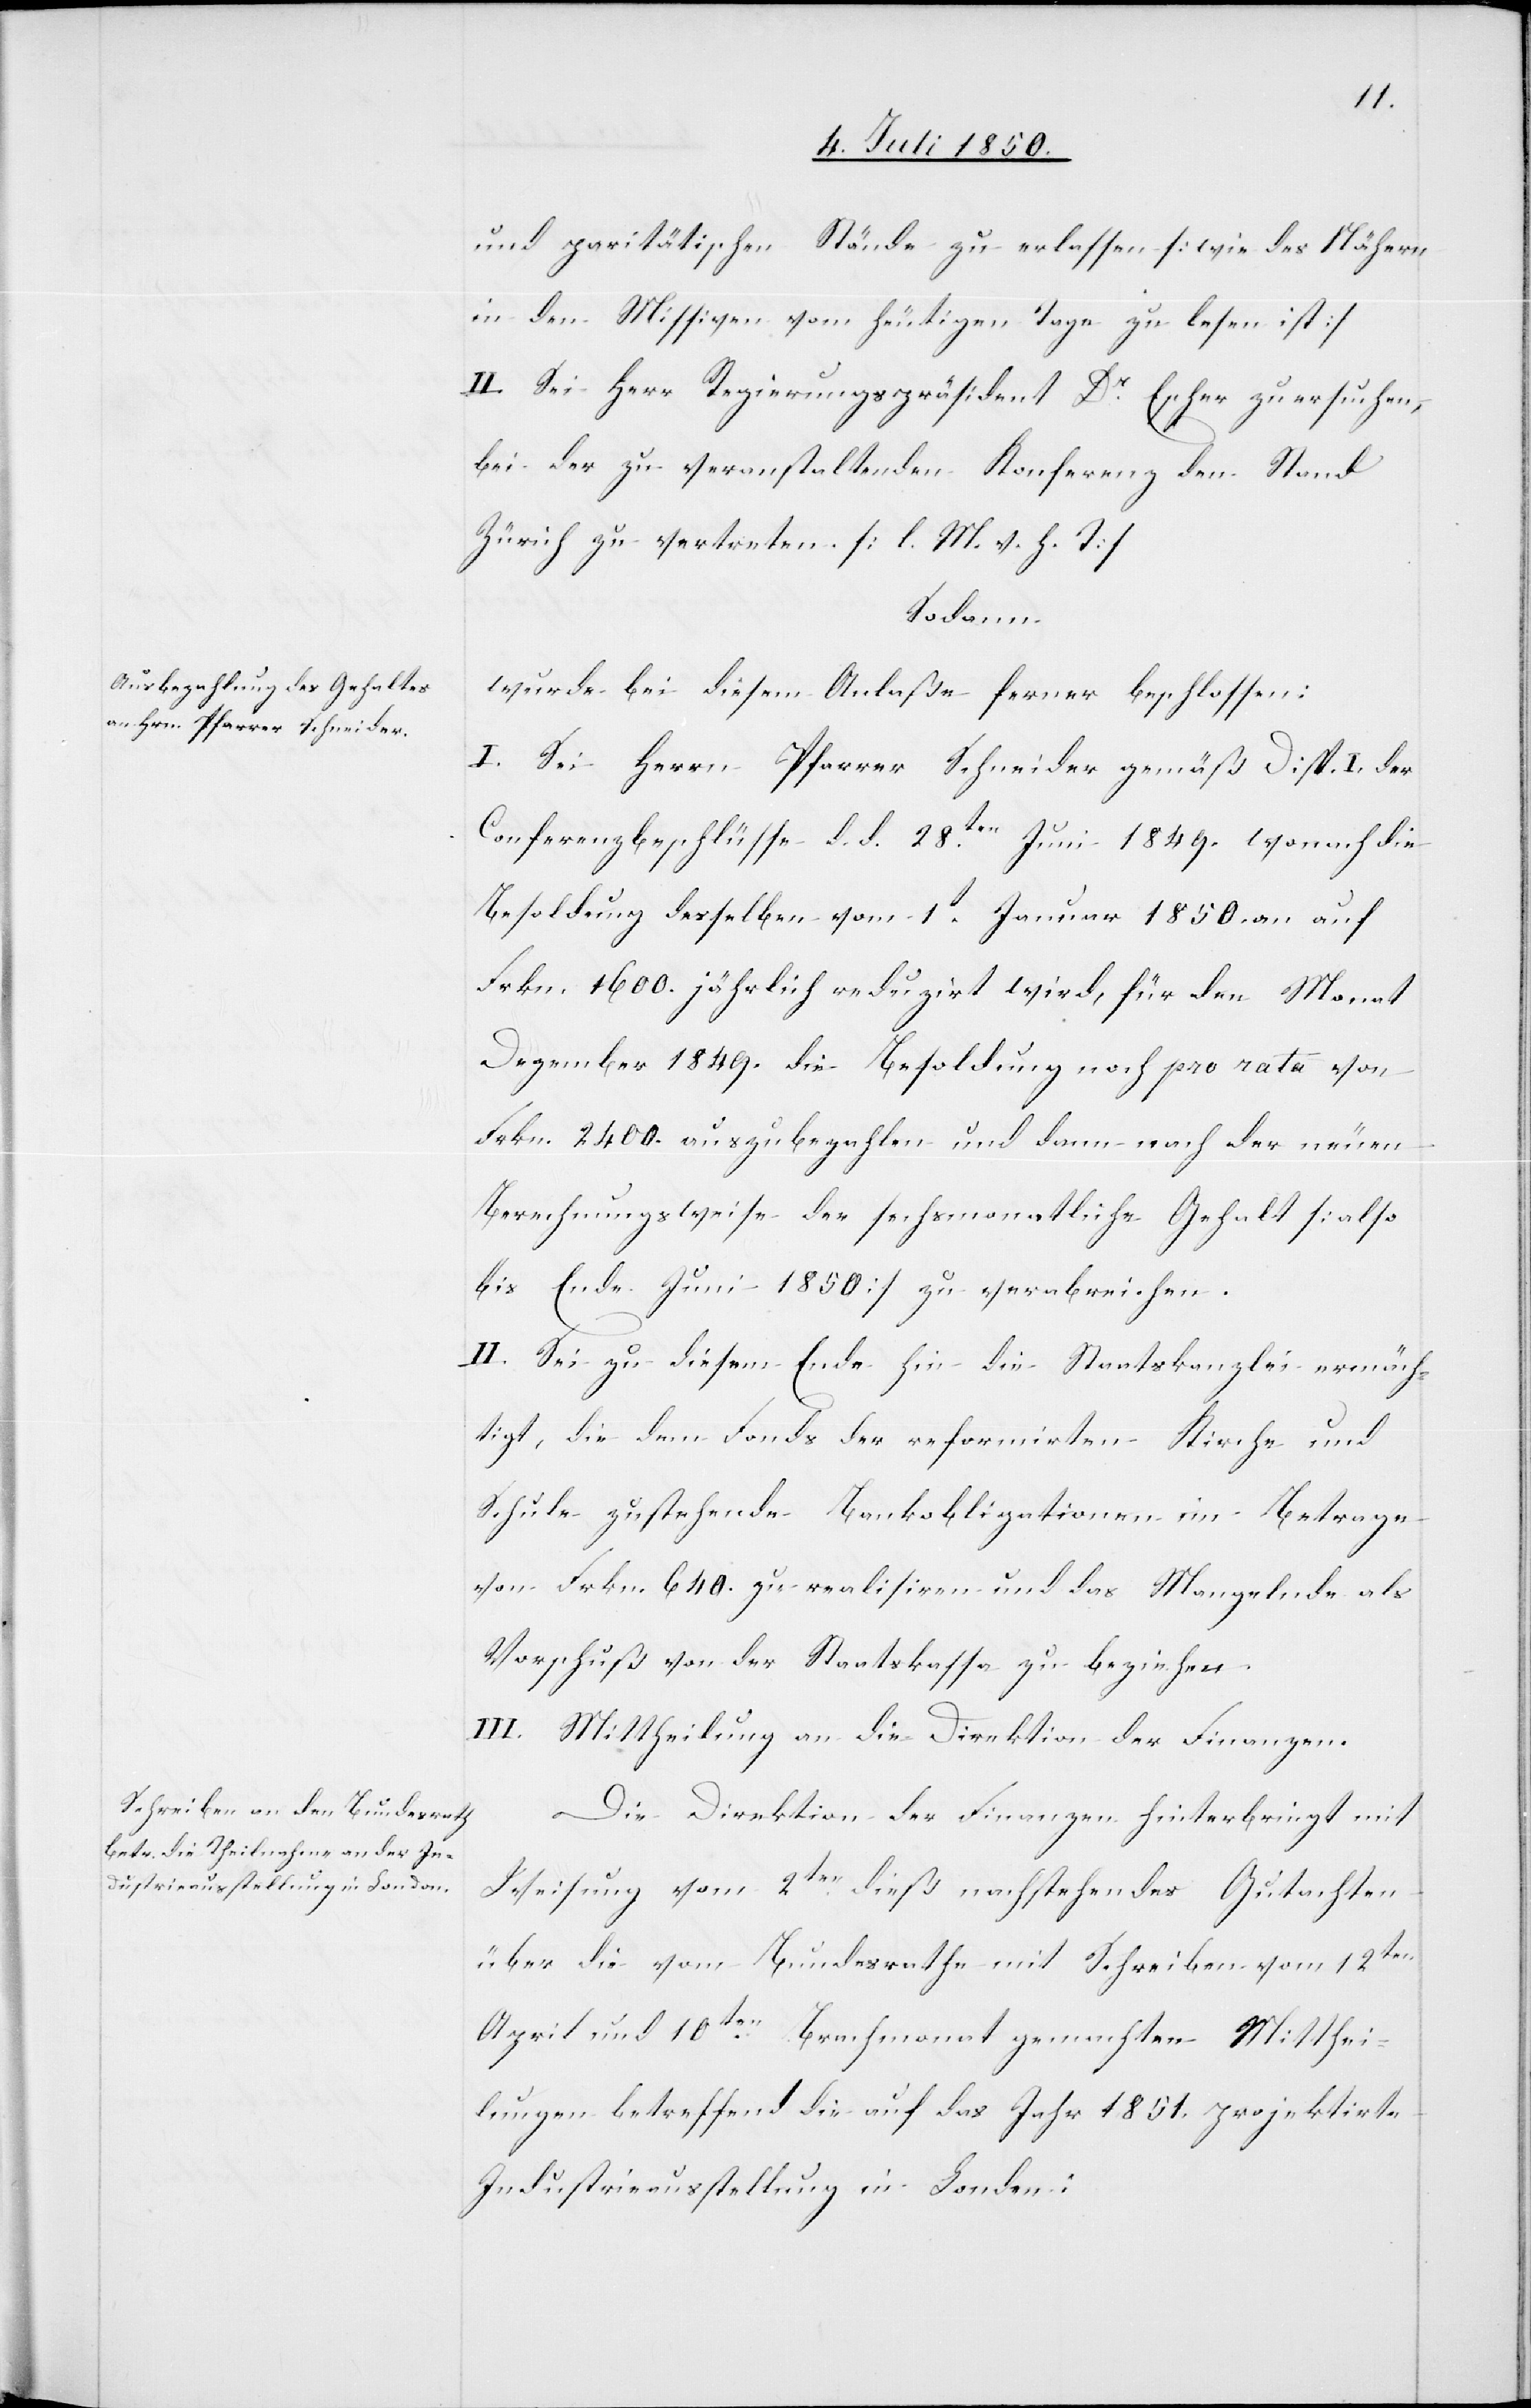
und paritätischen Stände zu erlassen [wie des Nähern
in den Missiven vom heutigen Tage zu lesen ist]
II. Sei Herr Regierungspräsident Dr Escher zu ersuchen,
bei der zu veranstaltenden Konferenz den Stand
Zürich zu vertreten. [l. M. h. T]
Sodann
wurde bei diesem Anlaße ferner beschlossen:
I. Sei Herrn Pfarrer Schneider gemäß Disp. I. der
Conferenzbeschlüsse d. d. 28ten Juni 1849. wonach die
Besoldung desselben vom 1t Januar 1850. an auf
Frkn. 1600. jährlich reduzirt wird, für den Monat
Dezember 1849. die Besoldung noch pro rata von
Frkn. 2400. auszubezahlen und dann nach der neuen
Berechnungsweise der sechsmonatliche Gehalt [also
bis Ende Juni 1850] zu verabreichen.
II. Sei zu diesem Ende hin die Staatskanzlei ermäch¬
tigt, die dem Fonds der reformirten Kirche und
Schule zustehende Bankobligationen im Betrage
von Frkn. 640. zu realisiren und das Mangelnde als
Vorschuß von der Staatskassa zu beziehen.
III. Mittheilung an die Direktion der Finanzen.
Die Direktion der Finanzen hinterbringt mit
Weisung vom 2ten dieß nachstehendes Gutachten
über die vom Bundesrathe mit Schreiben vom 12ten
April und 10ten Brachmonat gemachten Mitthei¬
lungen betreffend die auf das Jahr 1851. projektirte
Industrieausstellung in London: